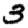
Digit: 3